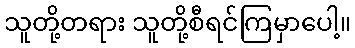
သူတို့တရား သူတို့စီရင်ကြမှာပေါ့။